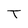
Character: T